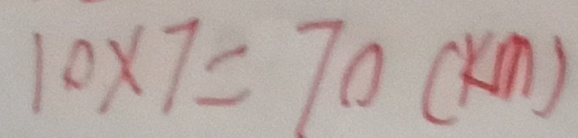
1 0 \times 7 = 7 0 ( k m )